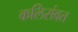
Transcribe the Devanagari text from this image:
कलिसंवत